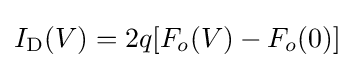
I_{\text{D}}(V)=2q[F_{o}(V)-F_{o}(0)]